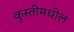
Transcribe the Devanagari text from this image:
कुस्तीमधील